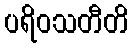
ပရိဝသတီတိ